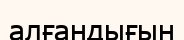
алғандығын